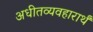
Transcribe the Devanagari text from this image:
अधीतव्यवहारार्थं